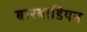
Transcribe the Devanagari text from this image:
बारबाडियन